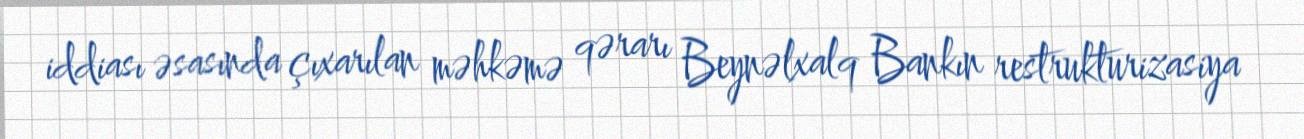
iddiası əsasında çıxarılan məhkəmə qərarı Beynəlxalq Bankın restrukturizasiya